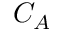
C _ { A }